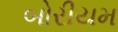
બોરીયમ